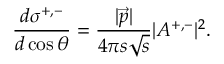
\frac { d \sigma ^ { + , - } } { d \cos \theta } = \frac { \vert \vec { p } \vert } { 4 \pi s \sqrt s } \vert { \cal A } ^ { + , - } \vert ^ { 2 } .